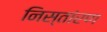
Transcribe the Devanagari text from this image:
निस्तांरण